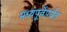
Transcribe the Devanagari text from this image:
मध्यपूर्वेपर्यंत